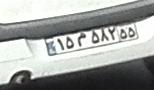
۱۵م۵۸۲۵۵